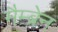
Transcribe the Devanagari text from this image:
मैम्ब्रेन